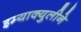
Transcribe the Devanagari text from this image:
इम्‍याक्‍युलीने